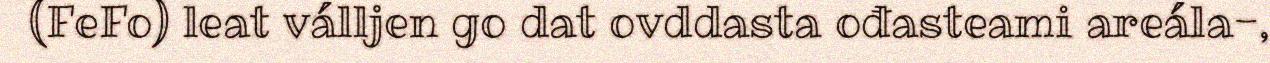
(FeFo) leat válljen go dat ovddasta ođasteami areála-,